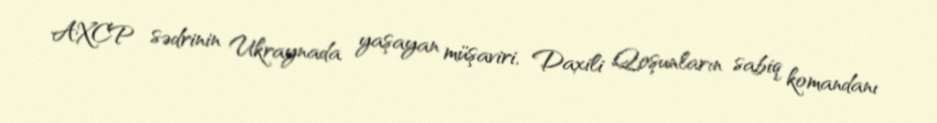
AXCP sədrinin Ukraynada yaşayan müşaviri, Daxili Qoşunların sabiq komandanı